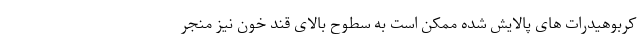
کربوهیدرات های پالایش شده ممکن است به سطوح بالای قند خون نیز منجر